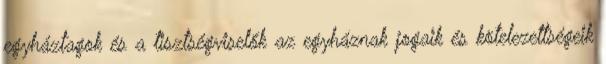
egyháztagok és a tisztségviselők az egyháznak jogaik és kötelezettségeik